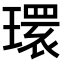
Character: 𤨔